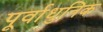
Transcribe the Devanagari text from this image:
पूर्वाधुनिक